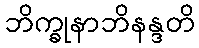
ဘိက္ခုနာဘိနန္ဒတိ